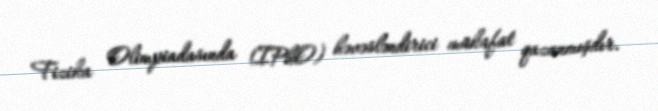
Fizika Olimpiadasında (IPhO) həvəsləndirici mükafat qazanmışdır.